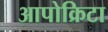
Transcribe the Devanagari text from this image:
आपोक्रिटा